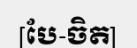
[បែ-ចិត]